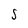
Character: S